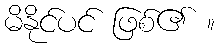
မိနိုင်ပင် ဖြစ်၏ ။